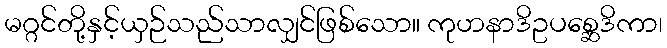
မဂ္ဂင်တို့နှင့်ယှဉ်သည်သာလျှင်ဖြစ်သော။ ကုဟနာဒိဥပစ္ဆေဒိကာ၊